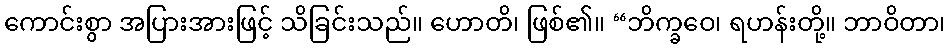
ကောင်းစွာ အပြားအားဖြင့် သိခြင်းသည်။ ဟောတိ၊ ဖြစ်၏။ “ဘိက္ခဝေ၊ ရဟန်းတို့။ ဘာဝိတာ၊